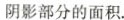
阴影部分的面积.